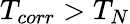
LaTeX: T_{corr}>T_{N}